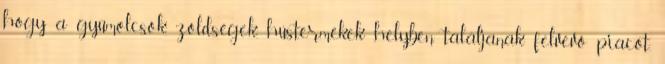
hogy a gyümölcsök, zöldségek, hústermékek helyben találjanak felvevő piacot.